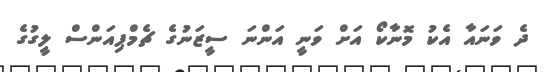
ދެ ވަނައާ އެކު މޮނާކޯ އަށް ވަނީ އަންނަ ސީޒަނުގެ ޗެމްޕިއަންސް ލީގުގެ